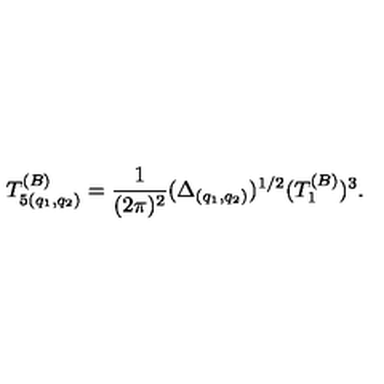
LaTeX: T _ { 5 ( q _ { 1 } , q _ { 2 } ) } ^ { ( B ) } = { \frac { 1 } { ( 2 \pi ) ^ { 2 } } } ( \Delta _ { ( q _ { 1 } , q _ { 2 } ) } ) ^ { 1 / 2 } ( T _ { 1 } ^ { ( B ) } ) ^ { 3 } .